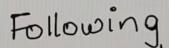
Following